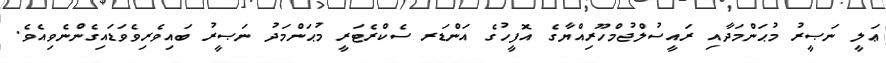
ޢަލީ ނަޞީރު މުޙަންމަދާއި ރައީސުލްޖުމްހޫރިއްޔާގެ އޮފީހުގެ އަންޑަރ ސެކްރެޓަރީ މުޙަންމަދު ނަޞީރު ބައިވެރިވެވަޑައިގެންނެވިއެވެ.